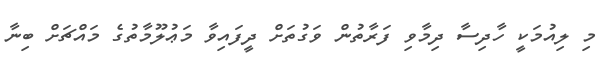
މި ލިއުމަކީ ހާދިސާ ދިމާވި ފަރާތުން ވަގުތަށް ދީފައިވާ މަޢުލޫމާތުގެ މައްޗަށް ބިނާ